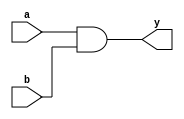
module and_gate_df(a,b,y);
input a,b;
output wire y;
assign y = a&b;
endmodule